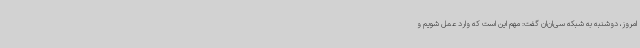
امروز، دوشنبه به شبکه سی‌ان‌ان گفت: مهم این است که وارد عمل شویم و